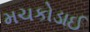
મચકોડાઈ